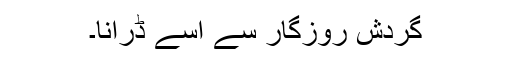
گردش روزگار سے اسے ڈرانا۔